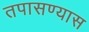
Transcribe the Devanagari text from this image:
तपासण्यास